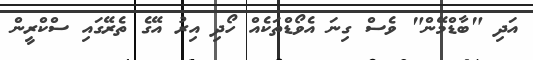
އަދި "ބާޑްމޭން" ވެސް ގިނަ އެވޯޑްތަކެއް ހޯދި އިރު އޭގެ ތެރޭގައި ސްކްރީން